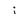
Character: j